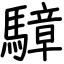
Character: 騿